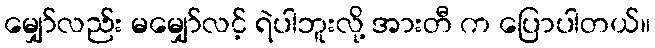
မျှော်လည်း မမျှော်လင့် ရဲပါဘူးလို့ အားတီ က ပြောပါတယ်။